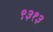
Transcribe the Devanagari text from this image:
९३१३